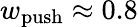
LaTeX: w_{\mathrm{push}}\approx 0.8